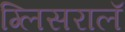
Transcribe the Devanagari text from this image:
ग्लिसरालॅ